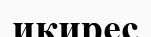
икирес